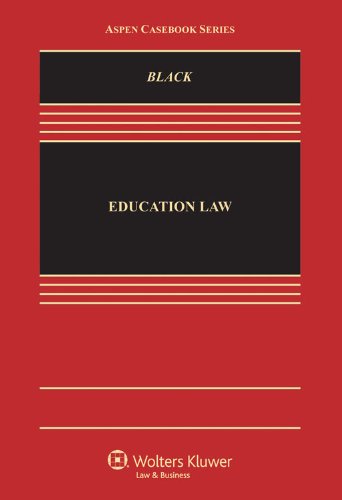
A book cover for Education Law: Equality, Fairness, and Reform (Aspen Casebook); Derek Black; Law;